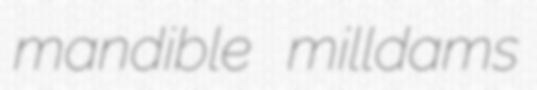
mandible milldams